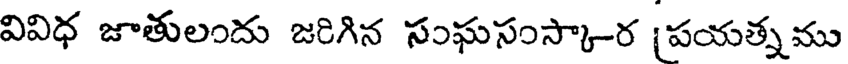
వివిధ జాతులందు జరిగిన సంఘసంస్కా-ర [పయత్నము